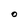
Character: O